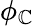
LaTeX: \phi_{\mathbb{C}}